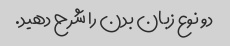
دو نوع زبان بدن را شرح دهید.